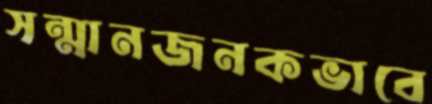
সন্মানজনকভাবে